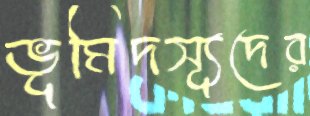
ভূমিদস্যূদের